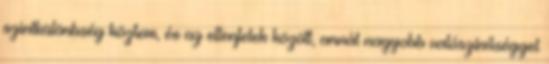
szintkülönbség köztem, és az ellenfelek között, annál nagyobb valószínűséggel